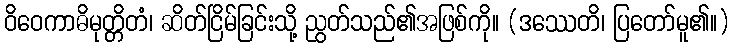
ဝိဝေကာဓိမုတ္တိတံ၊ ဆိတ်ငြိမ်ခြင်းသို့ ညွတ်သည်၏အဖြစ်ကို။ (ဒဿေတိ၊ ပြတော်မူ၏။)